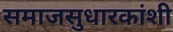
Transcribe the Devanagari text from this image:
समाजसुधारकांशी